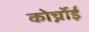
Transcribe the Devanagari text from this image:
कोर्च्नोई